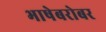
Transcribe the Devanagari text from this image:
भाषेबरोबर